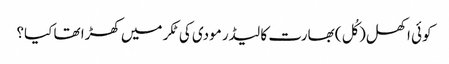
کوئی اکھل (کُل) بھارت کا لیڈر مودی کی ٹکر میں کھڑا تھا کیا؟